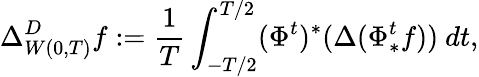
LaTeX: \Delta_{W(0,T)}^{D}f:=\frac{1}{T}\int_{-T/2}^{T/2}(\Phi^{t})^{*}(\Delta(\Phi_{*}^{t}f))\ dt,